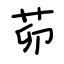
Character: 茆